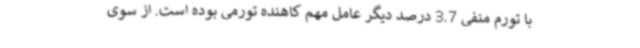
با تورم منفی 3.7 درصد دیگر عامل مهم کاهنده تورمی بوده است. از سوی